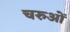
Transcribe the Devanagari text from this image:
चरुओं